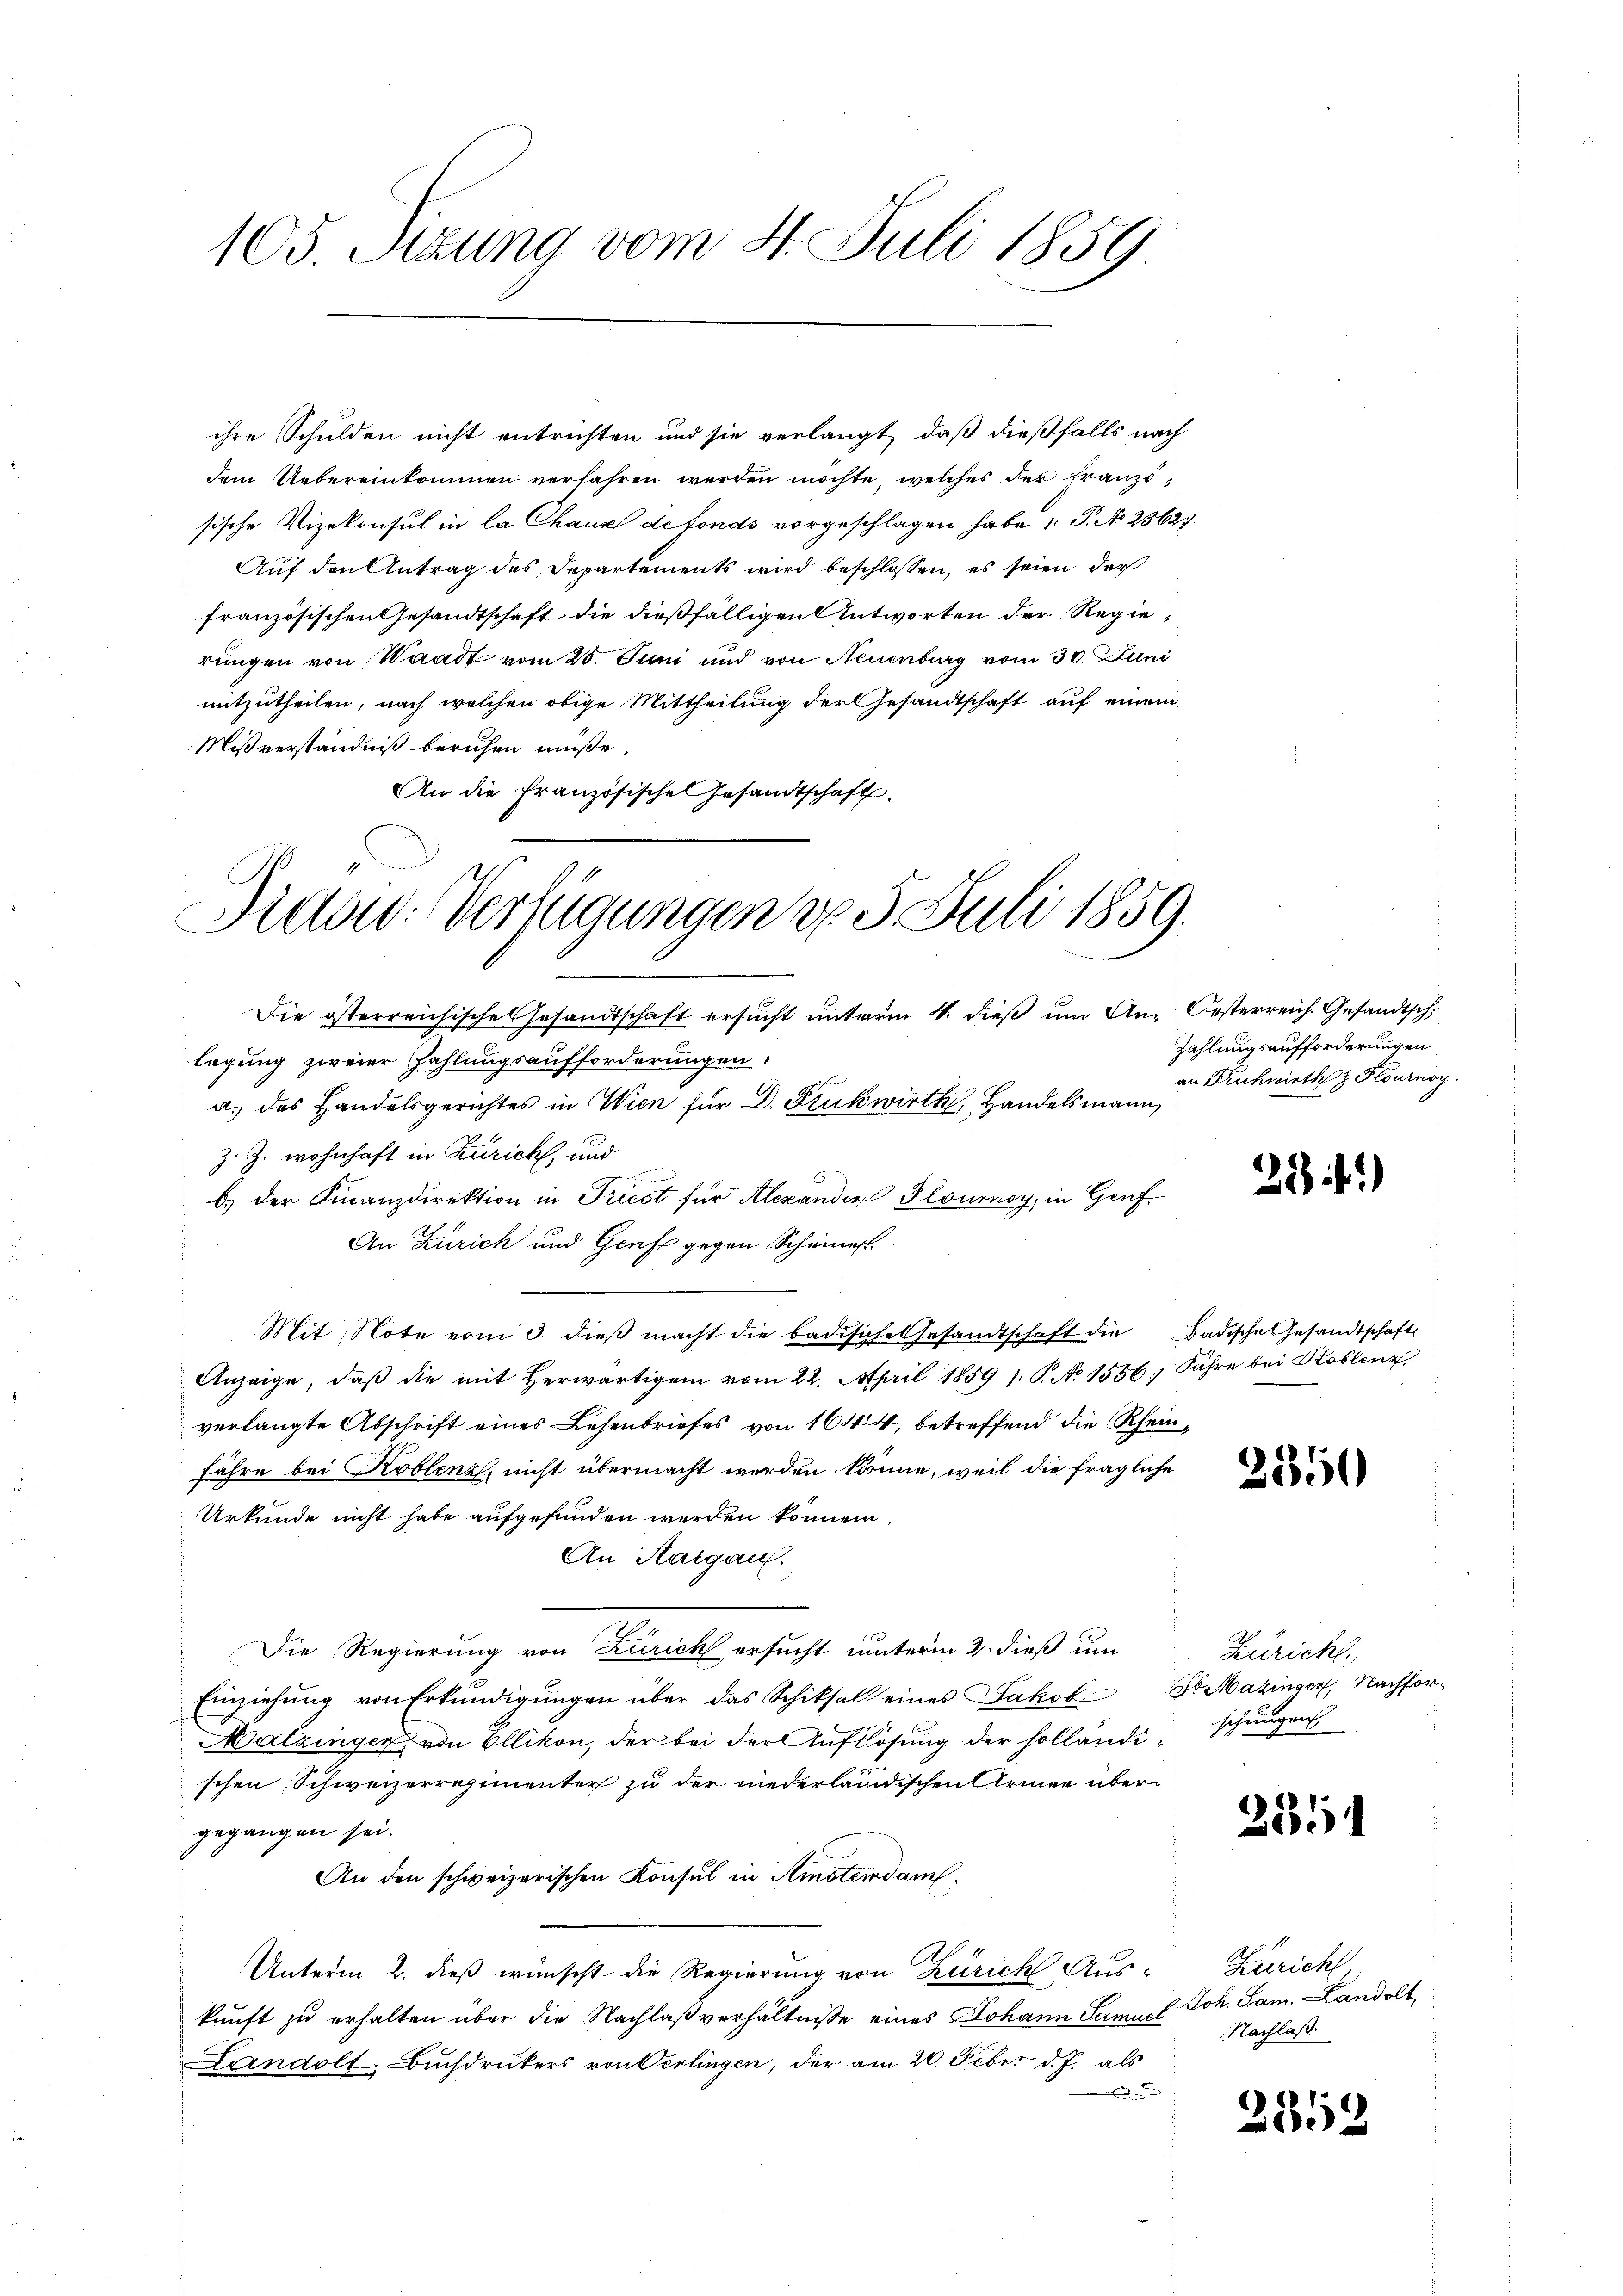
105. Sizung vom 4. Juli 1859

ihre Schulden nicht entrichten und sie verlangt, daß dießfalls nach
dem Uebereinkommen verfahren werden möchte, welches der Franzssische Vizekonsul in la Chaux de fonds vorgeschlagen habe P. No 2562
Auf den Antrag des Departements wird beschlossen, es seien der
französischen Gesandtschaft die dießfälligen Antworten der Regierungen von Waadt vom 25. Juni und von Neuenburg vom 30. Juni
mitzutheilen, nach welchen obige Mittheilung der Gesandtschaft auf einem
Mißverständniß beruhen müße,
An die Französische Gesandtschaft.

Diad: Verfügungen do 5. Juli 1859.

Die österreichisches Gesandtschaft ersucht unterm 4. dieß um An-Oesterreich. Gesandtsch
legung zweier Zahlungsaufforderungen.
a. des Handelsgerichtes in Wien für D. Prukwirth, Handelsmann
Z. Z. wohnhaft in Zürich, und
b.) der Finanzdirektion in Triest für Alexanden Plousnoy, in Genf¬
An Zürich und Genf gegen Scheines
Mit Note vom 3. dieβ macht die badische Gesandtschaft die Badische Gesandtschaft
Anzeige, daβ die mit herwärtigem vom 22. April 1859 1. P. No 1556; Jahre bei Koblenz,
verlangte Abschrift eines Lehenbriefes von 1644, betreffend die Rheinführe bei Koblenz, nicht übermacht werden könne, weil die fragliche
Urkunde nicht habe aufgefunden werden können.
An Aargau.
Die Regierung von Zürich ersucht unterm 2. dieß um
Einziehŭng von Erkundigŭngen über das Schiksal eines Jakob St. Mazinger, Nachfor¬
Matzinger von Ellikon, der bei der Auflösung der holländischen Schweizerregimenter zu der niederländischen Armee übergegangen sei.
An den schweizerischen Konsul in Amsterdam
Unterm 2. dieß wünscht die Regierung von Zürich Auskunft zu erhalten über die Nachlaßverhältnisse eines Johann Samuel
Landolt-Buchdruckers von Oerlingen, der am 20. Feber d. J. als

Zahlungsaufforderungen
an Frühwirth z Plournoy

294)

2550

Züricht
schungen

25

Zuricht
2 Joh. Jan. Landolt
Nachlaß.

2552